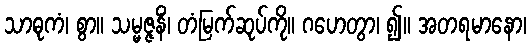
သာဓုကံ၊ စွာ။ သမ္မဇ္ဇနိံ၊ တံမြက်ဆုပ်ကို။ ဂဟေတွာ၊ ၍။ အတရမာနော၊